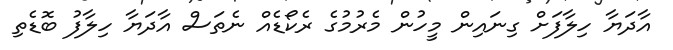
އާދަޔާ ހިލާފަށް ގިނައިން މީހުން މެރުމުގެ ރެކޯޑެއް ނެތަސް އާދަޔާ ހިލާފު ބޮޑެތި